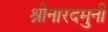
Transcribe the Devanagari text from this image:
श्नीनारदमुनी